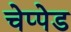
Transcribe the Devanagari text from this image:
चेप्पेड